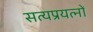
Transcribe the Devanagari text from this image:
सत्यप्रयत्नों